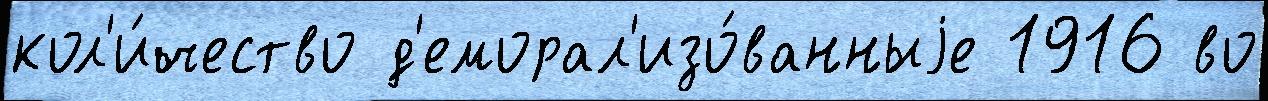
кол'и́чество д'еморал'изо́ванныjе 1916 во